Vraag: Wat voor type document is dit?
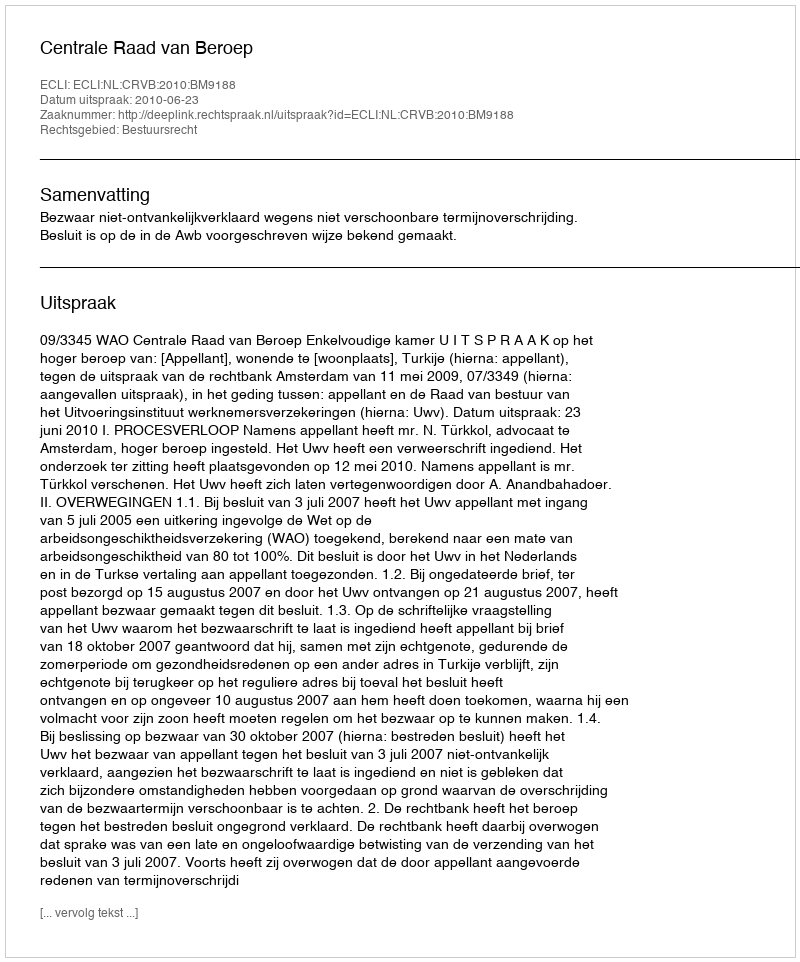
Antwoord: Uitspraak